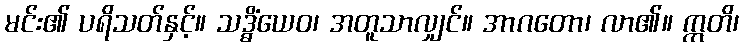
မင်း၏ ပရိသတ်နှင့်။ သဒ္ဓိံယေဝ၊ အတူသာလျှင်။ အာဂတော၊ လာ၏။ ဣတိ၊